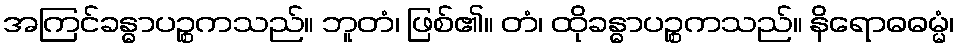
အကြင်ခန္ဓာပဉ္စကသည်။ ဘူတံ၊ ဖြစ်၏။ တံ၊ ထိုခန္ဓာပဉ္စကသည်။ နိရောဓဓမ္မံ၊